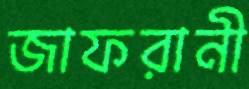
জাফরানী